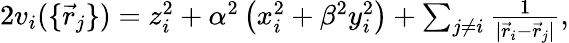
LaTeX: \begin{array}{r}{2v_{i}(\{ \vec{r}_{j}\} )=z_{i}^{2}+\alpha^{2}\left(x_{i}^{2}+\beta^{2}y_{i}^{2}\right)+\sum_{j\neq i}\frac{1}{|\vec{r}_{i}-\vec{r}_{j}|},}\end{array}